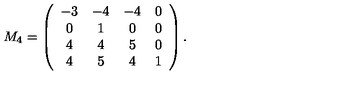
M _ { 4 } = \left( \begin{array} { c c c c } { - 3 } & { - 4 } & { - 4 } & { 0 } \\ { 0 } & { 1 } & { 0 } & { 0 } \\ { 4 } & { 4 } & { 5 } & { 0 } \\ { 4 } & { 5 } & { 4 } & { 1 } \\ \end{array} \right) .